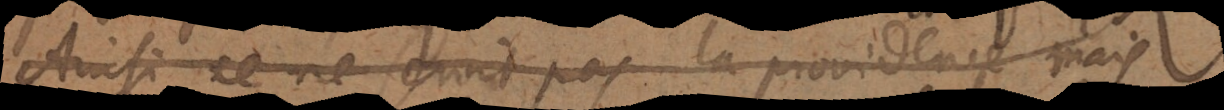
Ainsi ce ne seroit la providence mais